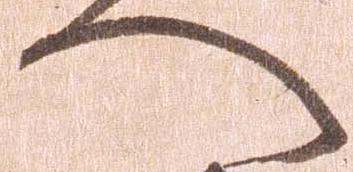
へ